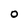
Character: 0